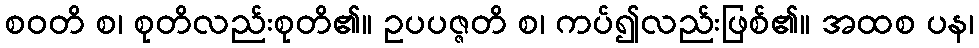
စဝတိ စ၊ စုတိလည်းစုတိ၏။ ဥပပဇ္ဇတိ စ၊ ကပ်၍လည်းဖြစ်၏။ အထစ ပန၊